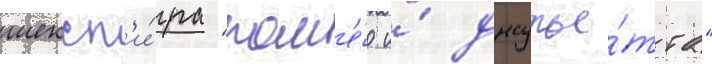
шексп'и́ра "ром'е́о и́ джулье́тта"